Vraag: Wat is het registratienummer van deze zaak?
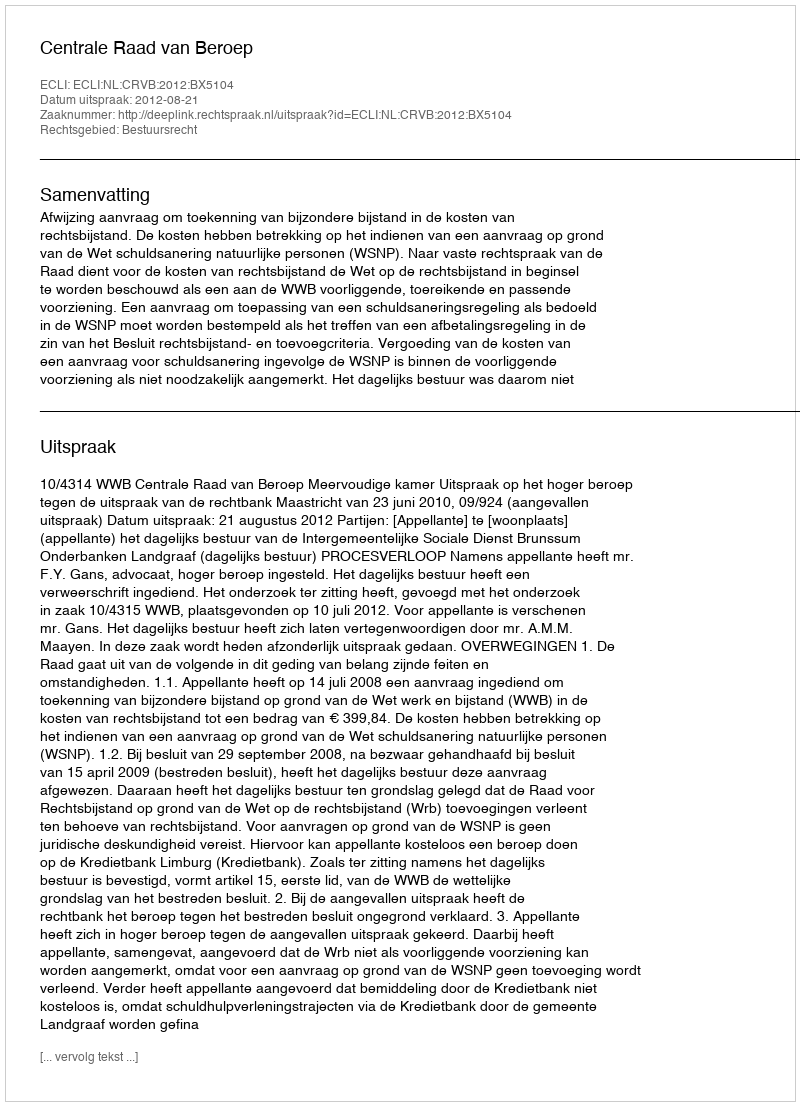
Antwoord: http://deeplink.rechtspraak.nl/uitspraak?id=ECLI:NL:CRVB:2012:BX5104